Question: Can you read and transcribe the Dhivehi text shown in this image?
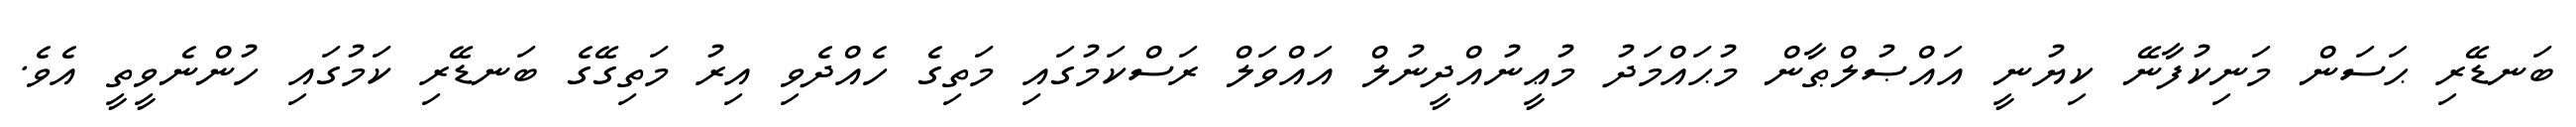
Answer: ބަނޑޭރި ޙަސަން މަނިކުފާނޭ ކިޔުނީ އައްޞުލްޠާން މުޙައްމަދު މުޢީނުއްދީނުލް އައްވަލް ރަސްކަމުގައި މަތިގެ ހެއްދެވި އިރު މަތިގޭގެ ބަނޑޭރި ކަމުގައި ހުންނެވީތީ އެވެ.